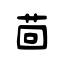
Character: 茴